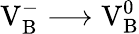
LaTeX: \mathrm{V_{B}^{-}\longrightarrow V_{B}^{0}}